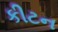
કીટન